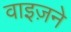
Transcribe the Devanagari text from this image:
वाइज़ने